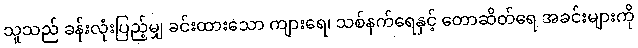
သူသည် ခန်းလုံးပြည့်မျှ ခင်းထားသော ကျားရေ၊ သစ်နက်ရေနှင့် တောဆိတ်ရေ အခင်းများကို